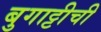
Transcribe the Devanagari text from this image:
बुगाट्टीची